Leaving Certificate Examination, 1918
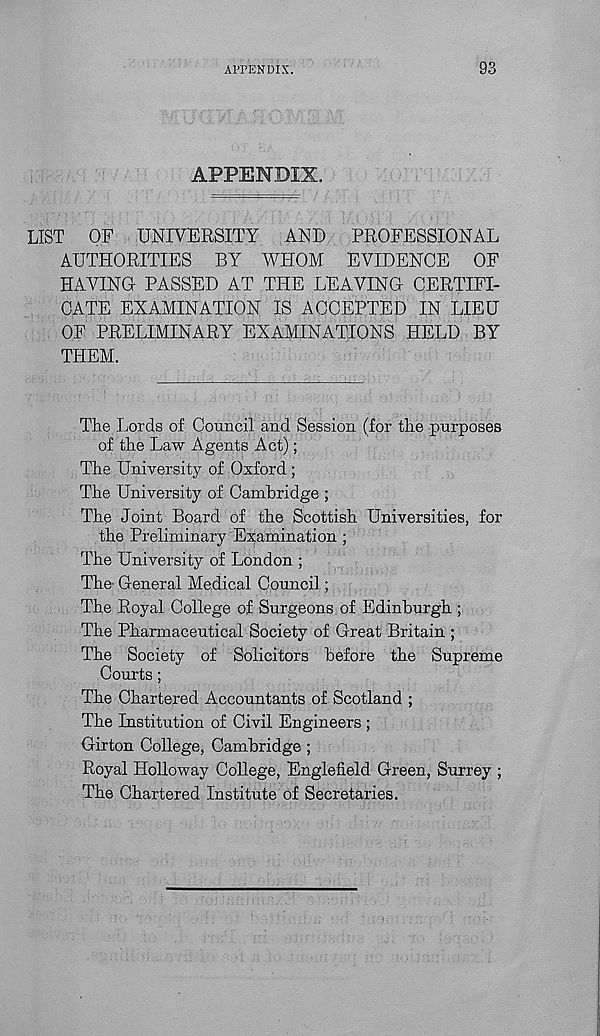
APPENDIX.
93
APPENDIX.
LIST
OF UNIVERSITY
AND
PROFESSIONAL
AUTHORITIES BY WHOM EVIDENCE OF
HAVING PASSED AT THE LEAVING CERTIFI-
CATE EXAMINATION IS ACCEPTED IN LIEU
OF PRELIMINARY EXAMINATIONS HELD BY
THEM.
Tie Lords of Council and Session (for tire purposes
of tire Law Agents Act);
Tire University of Oxford ;
The University of Cambridge ;
The Joint Board of the Scottish Universities, for
the Preliminary Examination ;
The University of London ;
The- General Medical Council;
The Royal College of Surgeons of Edinburgh ;
The Pharmaceutical Society of Great Britain ;
The Society of Solicitors before the Supreme
Courts ;
The Chartered Accountants of Scotland ;
The Institution of Civil Engineers ;
Girton College, Cambridge ;
Royal Holloway College, Englefield Green, Surrey ;
The Chartered Institute of Secretaries.